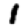
Digit: 1